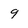
Character: 9